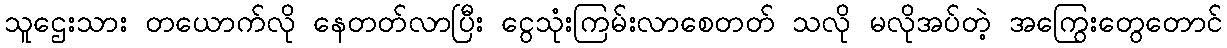
သူဌေးသား တယောက်လို နေတတ်လာပြီး ငွေသုံးကြမ်းလာစေတတ် သလို မလိုအပ်တဲ့ အကြွေးတွေတောင်